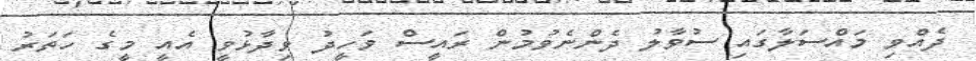
ދެއްވި މައްސަލާގައި ސުވާލު ދެންނެވުމުން ރައީސް ވަހީދު ވިދާޅުވީ އެއީ މީގެ ހަތަރު